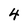
Character: 4